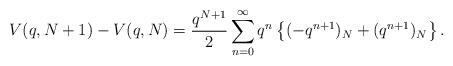
LaTeX: \begin{align*} V(q, N+1) - V(q, N) = \frac{q^{N+1}}{2}\sum_{n=0}^{\infty} q^n \left\{(-q^{n+1})_N + (q^{n+1})_N \right\}.\end{align*}